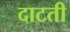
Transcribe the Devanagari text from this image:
दाटती